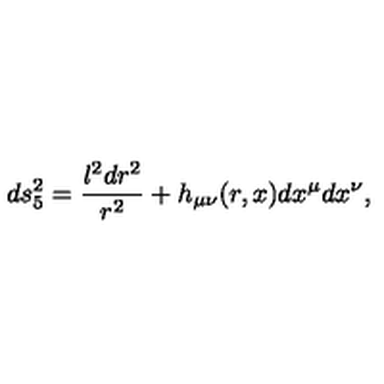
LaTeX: d s _ { 5 } ^ { 2 } = { \frac { l ^ { 2 } d r ^ { 2 } } { r ^ { 2 } } } + h _ { \mu \nu } ( r , x ) d x ^ { \mu } d x ^ { \nu } ,